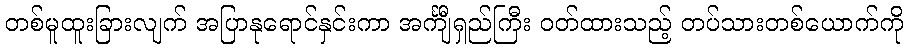
တစ်မူထူးခြားလျက် အပြာနုရောင်နှင်းကာ အင်္ကျီရှည်ကြီး ဝတ်ထားသည့် တပ်သားတစ်ယောက်ကို